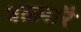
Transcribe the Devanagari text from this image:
वल्लारै